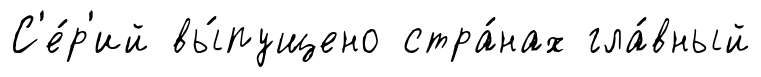
С'е́р'ий вы́пущено стра́нах гла́вный